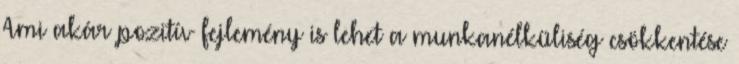
Ami akár pozitív fejlemény is lehet a munkanélküliség csökkentése